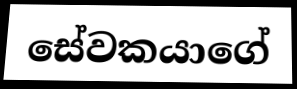
සේවකයාගේ